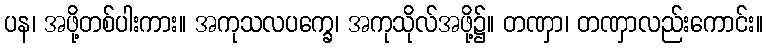
ပန၊ အဖို့တစ်ပါးကား။ အကုသလပက္ခေ၊ အကုသိုလ်အဖို့၌။ တဏှာ၊ တဏှာလည်းကောင်း။